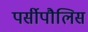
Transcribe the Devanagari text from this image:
पर्सीपौलिस